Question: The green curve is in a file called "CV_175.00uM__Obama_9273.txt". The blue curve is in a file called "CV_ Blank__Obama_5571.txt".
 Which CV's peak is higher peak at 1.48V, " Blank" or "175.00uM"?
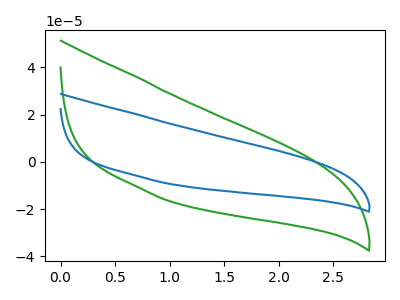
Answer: <think>The green curve "175.00uM" has no peaks. The blue curve " Blank" has no peaks.</think>
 <answer>" Blank" and "175.00uM" dont share a peak at 1.48V.</answer>
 <eval>mismatch</eval>